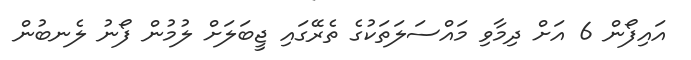
އައިފޯން 6 އަށް ދިމާވި މައްސަލަތަކުގެ ތެރޭގައި ޖީބަލަށް ލުމުން ފޯނު ލެނބުން